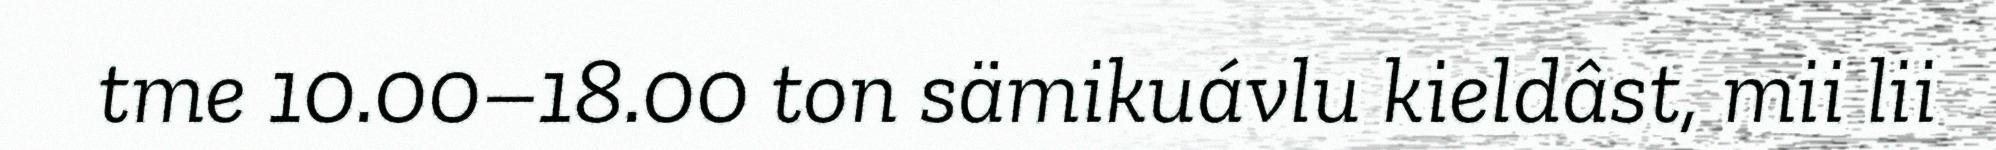
tme 10.00–18.00 ton sämikuávlu kieldâst, mii lii